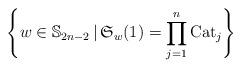
\begin{gather*}\left\{ w \in\mathbb{S}_{2n-2} \,|\, \mathfrak{S}_{w}(1)= \prod_{j=1}^{n} {\rm Cat}_j \right\}\end{gather*}